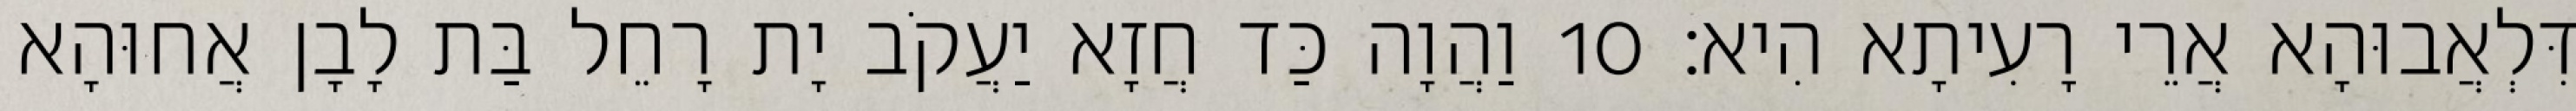
דִּלְאֲבוּהָא אֲרֵי רָעִיתָא הִיא׃ 10 וַהֲוָה כַּד חֲזָא יַעֲקֹב יָת רָחֵל בַּת לָבָן אֲחוּהָא